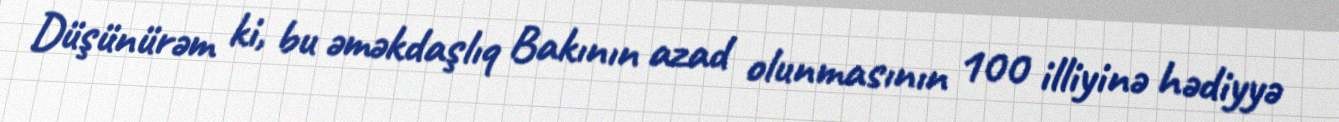
Düşünürəm ki, bu əməkdaşlıq Bakının azad olunmasının 100 illiyinə hədiyyə